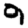
Digit: 9